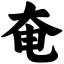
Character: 奄